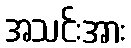
အသင်းအား